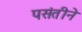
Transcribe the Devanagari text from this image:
पसंतीने